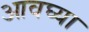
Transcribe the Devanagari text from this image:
आवघ्या